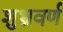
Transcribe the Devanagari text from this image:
शुभ्रवर्ण